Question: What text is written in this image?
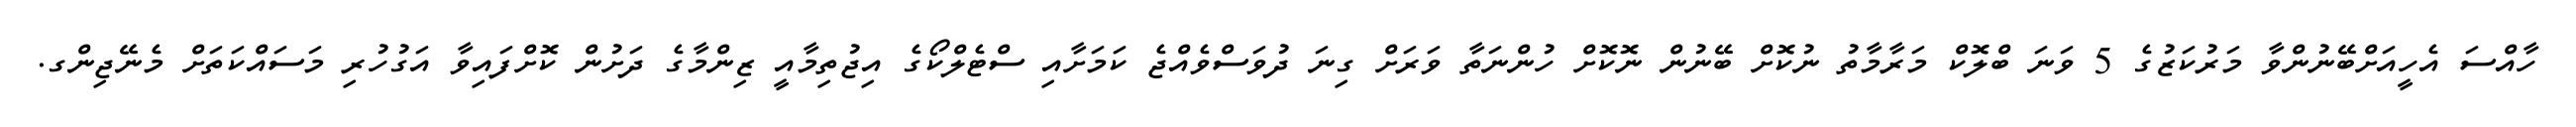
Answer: ހާއްސަ އެހީއަށްބޭނުންވާ މަރުކަޒުގެ 5 ވަނަ ބްލޮކް މަރާމާތު ނުކޮށް ބޭނުން ނޮކޮށް ހުންނަތާ ވަރަށް ގިނަ ދުވަސްވެއްޖެ ކަމަށާއި ސްޓެލްކޯގެ އިޖުތިމާއީ ޒިންމާގެ ދަށުން ކޮށްފައިވާ އަގުހުރި މަސައްކަތަށް މެނޭޖިންގ.